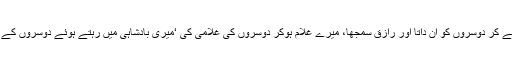
میرے نوکر ہوکر تم نے دوسروں کا حکم مانا، مجھ سے تنخواہ لے کر دوسروں کو ان داتا اور رازق سمجھا، میرے غلام ہوکر دوسروں کی غلامی کی ‘میری بادشاہی میں رہتے ہوئے دوسروں کے قانون کو قانون سمجھا اور دوسروں کے فرامین کی اطاعت کی ۔